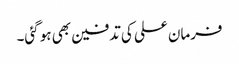
فرمان علی کی تدفین بھی ہو گئی۔